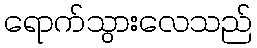
ရောက်သွားလေသည်